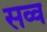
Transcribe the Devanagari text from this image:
सव्व